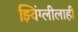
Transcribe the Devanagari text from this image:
झ्विंग्लीलाही